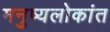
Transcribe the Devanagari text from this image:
मनुष्यलोकांत